Report of the Indian Hemp Drugs Commission, 1894-1895 - Volume VII
Year: 1894
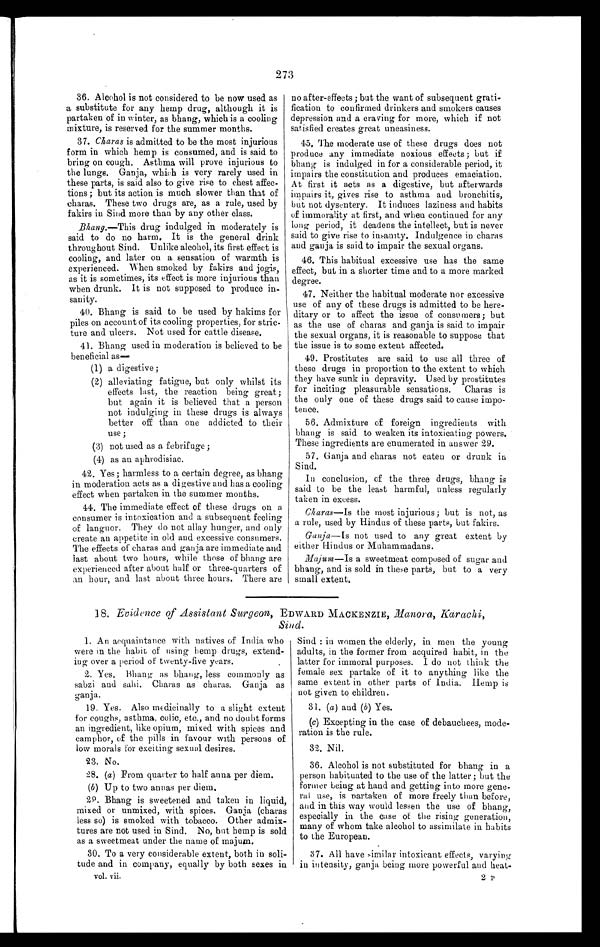
273
36. Alcohol is not considered to be now used as
a substitute for any hemp drug, although it is
partaken of in winter, as bhang, which is a cooling
mixture, is reserved for the summer months.
37.
Charas is admitted to be the most injurious
form in which hemp is consumed, and is said to
bring, on cough. Asthma will prove injurious to
the lungs. Ganja, which is very rarely used in
these parts, is said also to give rise to chest affec-
tions ; but its action is much slower than that of
charas. These two drugs are, as a rule, used by
fakirs in Sind more than by any other class.
Bhang.—This drug indulged in moderately is
said to do no harm. It is the general drink
throughout Sind. Unlike alcohol, its first effect is
cooling, and later on a sensation of warmth is
experienced. When smoked by fakirs and jogis,
as it is sometimes, its effect is more injurious than
when drunk. It is not supposed to produce in-
sanity.
40. Bhang is said to be used by hakims for
piles on account of its cooling properties, for stric-
ture and ulcers. Not used for cattle disease.
41. Bhang used in moderation is believed to be
beneficial as
—
(1) a digestive ;
(2) alleviating fatigue, but only whilst its
effects last, the reaction being great;
but again it is believed that a person
not indulging in these drugs is always
better off than one addicted to their
use;
(3) not used as a febrifuge;
(4) as an aphrodisiac.
42. Yes; harmless to a certain degree, as bhang
in moderation acts as a digestive and has a cooling
effect when partaken in the summer months.
44. The immediate effect of these drugs on a
consumer is intoxication and a subsequent feeling
of languor. They do not allay hunger, and only
create an appetite in old and excessive consumers.
The effects of charas and ganja are immediate and
last about two hours, while those of bhang are
experienced after about half or three-quarters of
an hour, and last about three hours. There are
no after-effects ; but the want of subsequent grati-
fication to confirmed drinkers and smokers causes
depression and a craving for more, which if not
satisfied creates great uneasiness.
45. The moderate use of these drugs does not
produce any immediate noxious effects; but if
bhang is indulged in for a considerable period, it
impairs the constitution and produces emaciation.
At first it acts as a digestive, but afterwards
impairs it, gives rise to asthma and bronchitis,
but not dysentery. It induces laziness and habits
of immorality at first, and when continued for any
long period, it deadens the intellect, but is never
said to give rise to insanity. Indulgence in charas
and ganja is said to impair the sexual organs.
46. This habitual excessive use has the same
effect, but in a shorter time and to a more marked
degree.
47. Neither the habitual moderate nor excessive
use of any of these drugs is admitted to be here
- d i t a r y o r t o a f f e c t t h e i s s u e o f c o n s u m e r s ; b u t
as the use of charas and ganja is said to impair
the sexual organs, it is reasonable to suppose that
the issue is to some extent affected.
49. Prostitutes are said to use all three of
these drugs in proportion to the extent to which
they have sunk in depravity. Used by prostitutes
for inciting pleasurable sensations. Charas is
the only one of these drugs said to cause impo-
tence.
56. Admixture of foreign ingredients with
bhang is said to weaken its intoxicating powers
. T h e s e i n g r e d i e n t s a r e e n u m e r a t e d i n a n s w e r 2 9 .
57. Ganja and charas not eaten or drunk in
Sind.
In conclusion, of the three drugs, bhang is
said to be the least harmful, unless regularly
taken in excess.
Charas—Is the most injurious; but is not, as
a rule, used by Hindus of these parts, but fakirs.
Ganja—Is not used to any great extent by
either Hindus or Muhammadans.
Majum—Is a sweetmeat composed of sugar and
bhang, and is sold in these parts, but to a very
small extent.
18. Evidence of Assistant Surgeon, EDWARD MACKENZIE, Manora, Karachi,
Sind.
1. An acquaintance with natives of India who
were in the habit of using hemp drugs, extend-
ing over a period of twenty-five years.
•
2. Yes. Bhang as bhang, less commonly as
sabzi and sahi. Charas as charas. Ganja as
ganja.
19. Yes. Also medicinally to a slight extent
for coughs, asthma, colic, etc., and no doubt forms
an ingredient, like opium, mixed with spices and
camphor, of the pills in favour with persons of
low morals for exciting sexual desires.
23. No.
28. (a) From quarter to half anna per diem.
(b) Up to two annas per diem.
29. Bhang is sweetened and taken in liquid,
mixed or unmixed, with spices. Ganja (charas
less so) is smoked with tobacco. Other admix-
tures are not used in Sind. No, but hemp is sold
as a sweetmeat under the name of majum.
30. To a very considerable extent, both in soli-
tude and in company, equally by both sexes i n
Sind : in women the elderly, in men the young
adults, in the former from acquired habit, in the
latter for immoral purposes. I do not think the
female sex partake of it to anything like the
same extent in other parts of India. Hemp is
not given to children.
31. (a) and (b) Yes.
(c) Excepting in the case of debauchees, mode-
ration is the rule.
32. Nil.
36. Alcohol is not substituted for bhang in a
person habituated to the use of the latter; but the
former being at hand and getting into more gene-
ral use, is partaken of more freely than before,
and in this way would lessen the use of bhang,
especially in the case of the rising generation,
many of whom take alcohol to assimilate in habits
to the European
37.
All
have similar intoxicant effects, varying
in intensity, ganja being more powerful and heat-
vol. vii.
2 p